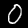
Digit: 0